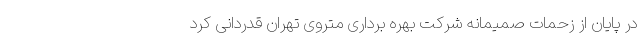
در پایان از زحمات صمیمانه شرکت بهره برداری متروی تهران قدردانی کرد